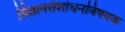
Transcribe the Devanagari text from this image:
विज्ञानसंशोधनविषयक